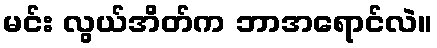
မင်း လွယ်အိတ်က ဘာအရောင်လဲ။